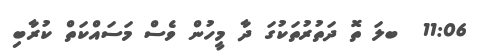
11:06  ބލަ ތޮ ދަތުރުތަކުގަ ދާ މީހުން ވެސް މަސައްކަތް ކުރާބި